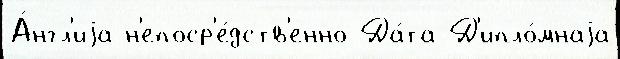
А́нгл'иjа н'епоср'е́дств'енно Да́та Д'ипло́мнаjа